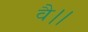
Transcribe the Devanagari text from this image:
वै।।